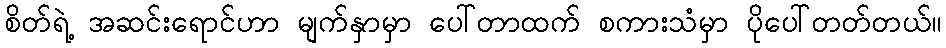
စိတ်ရဲ့ အဆင်းရောင်ဟာ မျက်နှာမှာ ပေါ်တာထက် စကားသံမှာ ပိုပေါ်တတ်တယ်။